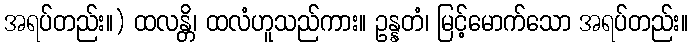
အရပ်တည်း။) ထလန္တိ၊ ထလံဟူသည်ကား။ ဥန္နတံ၊ မြင့်မောက်သော အရပ်တည်း။